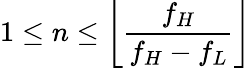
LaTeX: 1\leq n\leq\left\lfloor{\frac{f_{H}}{f_{H}-f_{L}}}\right\rfloor